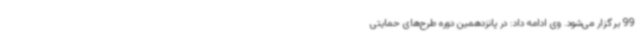
99 برگزار می‌شود. وی ادامه داد: در پانزدهمین دوره طرح‌های حمایتی